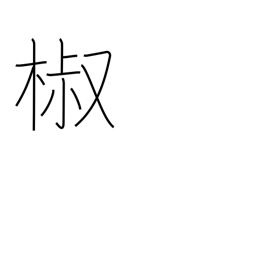
Meaning: Japanese pepper tree